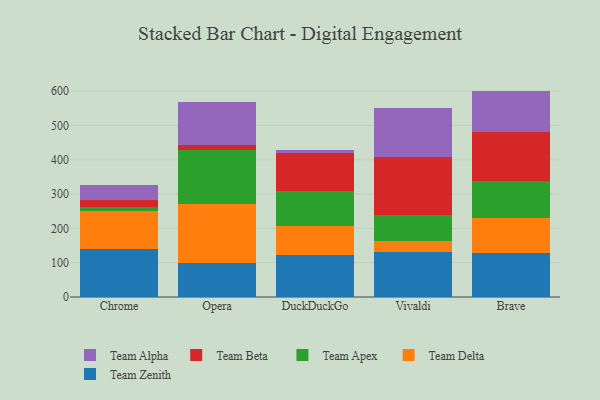
{"axis": {"x": "Browser", "y": "Tickets Resolved"}, "legend": ["Team Alpha", "Team Apex", "Team Beta", "Team Delta", "Team Zenith"], "data": [{"x": "Chrome", "y": 140.0, "type": "Team Zenith"}, {"x": "Chrome", "y": 109.2, "type": "Team Delta"}, {"x": "Chrome", "y": 12.8, "type": "Team Apex"}, {"x": "Chrome", "y": 21.0, "type": "Team Beta"}, {"x": "Chrome", "y": 42.9, "type": "Team Alpha"}, {"x": "Opera", "y": 99.5, "type": "Team Zenith"}, {"x": "Opera", "y": 171.0, "type": "Team Delta"}, {"x": "Opera", "y": 157.9, "type": "Team Apex"}, {"x": "Opera", "y": 14.9, "type": "Team Beta"}, {"x": "Opera", "y": 123.5, "type": "Team Alpha"}, {"x": "DuckDuckGo", "y": 121.8, "type": "Team Zenith"}, {"x": "DuckDuckGo", "y": 84.3, "type": "Team Delta"}, {"x": "DuckDuckGo", "y": 102.2, "type": "Team Apex"}, {"x": "DuckDuckGo", "y": 111.0, "type": "Team Beta"}, {"x": "DuckDuckGo", "y": 8.0, "type": "Team Alpha"}, {"x": "Vivaldi", "y": 131.4, "type": "Team Zenith"}, {"x": "Vivaldi", "y": 32.7, "type": "Team Delta"}, {"x": "Vivaldi", "y": 74.7, "type": "Team Apex"}, {"x": "Vivaldi", "y": 169.2, "type": "Team Beta"}, {"x": "Vivaldi", "y": 141.3, "type": "Team Alpha"}, {"x": "Brave", "y": 128.9, "type": "Team Zenith"}, {"x": "Brave", "y": 102.5, "type": "Team Delta"}, {"x": "Brave", "y": 105.4, "type": "Team Apex"}, {"x": "Brave", "y": 144.5, "type": "Team Beta"}, {"x": "Brave", "y": 119.3, "type": "Team Alpha"}]}